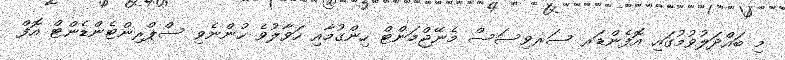
މި ބައްދަލުވުމުގައި އޮފެންޑަރ ސަރވިސަސް މެނޭޖްމަންޓް ހިންގުމާއި ހަވާލުވެ ހުންނެވި ސްޕްރިންޓެންޑެންޓް އޮފް